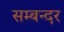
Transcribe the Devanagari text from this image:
सम्बन्दर